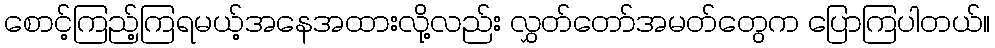
စောင့်ကြည့်ကြရမယ့်အနေအထားလို့လည်း လွှတ်တော်အမတ်တွေက ပြောကြပါတယ်။